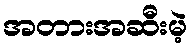
အတားအဆီးမဲ့